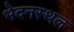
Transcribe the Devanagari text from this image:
भेदनस्थल